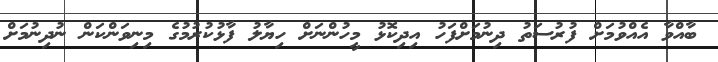
ބާއްވާ އެއްވުމަށް ފުރުސަތު ދިނުމަށްފަހު އިދިކޮޅު މީހުންނަށް ހިޔާލު ފާޅުކުރުމުގެ މިނިވަންކަން ނުދިނުމަށް